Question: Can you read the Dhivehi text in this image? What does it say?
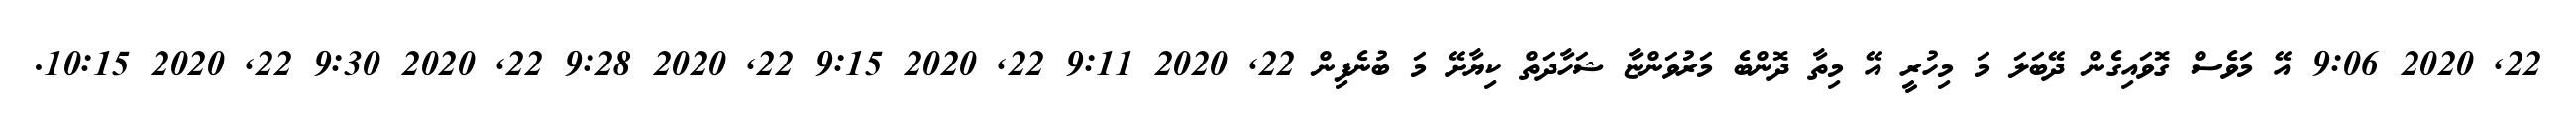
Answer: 22, 2020 9:06 އޭ މަވެސް ގޮވައިގެން ދޭބަލަ މަ މިހުރީ އޭ މިތާ ދޮންބެ މަރުވަންޏާ ޝަހާދަތް ކިޔާށޭ މަ ބުނެފިން 22, 2020 9:11 22, 2020 9:15 22, 2020 9:28 22, 2020 9:30 22, 2020 10:15.